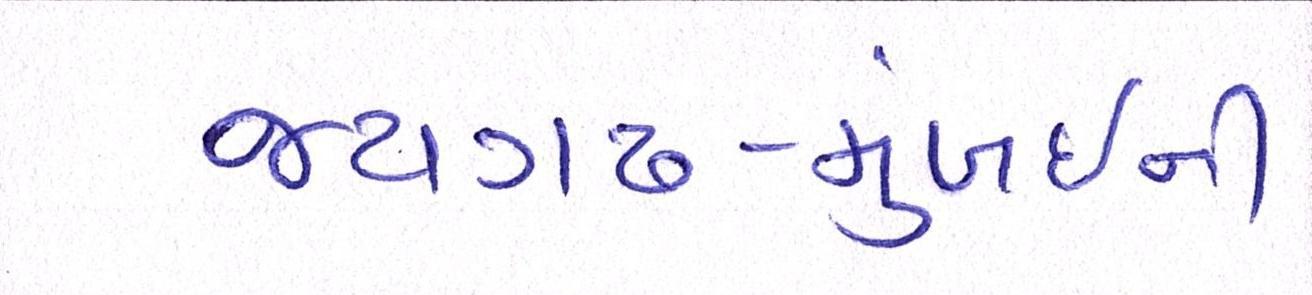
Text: જયગઢ-મુંબઈની